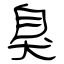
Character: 臭